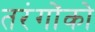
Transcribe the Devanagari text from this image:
तरंगोंको